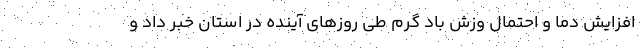
افزایش دما و احتمال وزش باد گرم طی روزهای آینده در استان خبر داد و